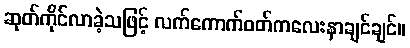
ဆုတ်ကိုင်လာခဲ့သဖြင့် လက်ကောက်ဝတ်ကလေးနာချင်ချင်။